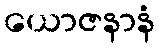
ယောဇနာနံ